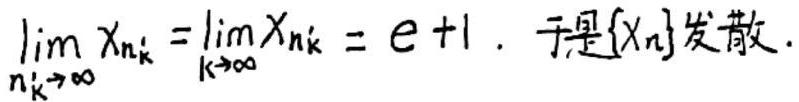
\[\lim_{n_{k}'\to\infty} x_{n_{k}'}=\lim_{k\to\infty}x_{n_{k}'}=e + 1.\] 于是\(\{x_{n}\}\)发散.